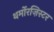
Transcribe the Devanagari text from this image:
थर्मोरज़िस्टर